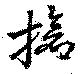
搶